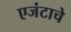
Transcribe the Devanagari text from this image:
एजंटाचे